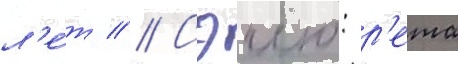
л'е́т // Сэию: р'ета